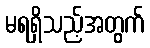
မရရှိသည့်အတွက်